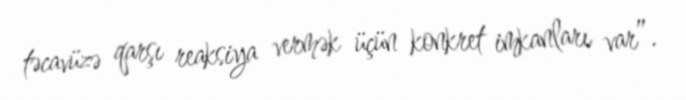
təcavüzə qarşı reaksiya vermək üçün konkret imkanları var”.